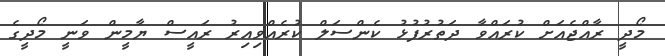
މޯދީ ރާއްޖެއަށް ކުރައްވާ ދަތުރުފުޅު ކެންސަލް ކުރެއްވިއިރު ރައީސް ޔާމީން ވަނީ މޯދީގެ